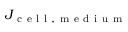
J _ { \mathrm { ~ c ~ e ~ l ~ l ~ , ~ m ~ e ~ d ~ i ~ u ~ m ~ } }